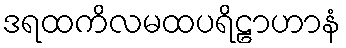
ဒရထကိလမထပရိဠာဟာနံ